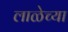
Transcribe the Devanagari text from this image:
लाळेच्या